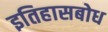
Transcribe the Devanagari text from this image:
इतिहासबोध